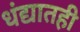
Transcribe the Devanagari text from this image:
धंद्यातही